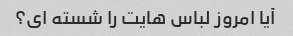
آیا امروز لباس هایت را شسته ای؟